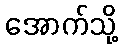
အောက်သို့